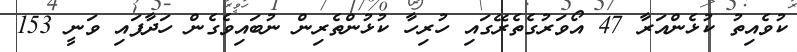
ކުވެއިތު ކުޅެންއަރާ 47 އޯވަރުގެތެރޭގައި ހުރިހާ ކުޅުންތެރިން ނުބައިވެގެން ހަދާފައި ވަނީ 153